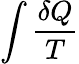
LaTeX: \int{\frac{\delta Q}{T}}